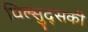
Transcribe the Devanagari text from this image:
पिल्सुद्सकी